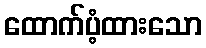
ထောက်ပံ့ထားသော